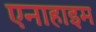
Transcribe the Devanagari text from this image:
एनाहाइम